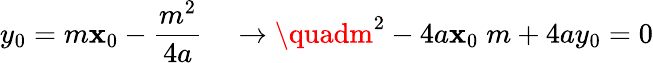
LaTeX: y_{0}=m\mathbf{x}_{0}-{\frac{{m^{2}}}{{4a}}}\quad\rightarrow\quadm^{2}-4a\mathbf{x}_{0}\; m+4ay_{0}=0